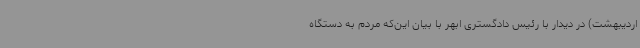
اردیبهشت) در دیدار با رئیس دادگستری ابهر با بیان این‌که مردم به دستگاه